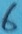
Text: 6